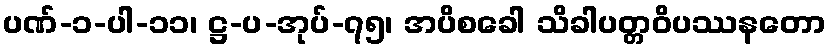
ပဏ်-၁-ပါ-၁၁၊ ဋ္ဌ-ပ-အုပ်-၇၅၊ အပိစခေါ သိခါပတ္တဝိပဿနတော